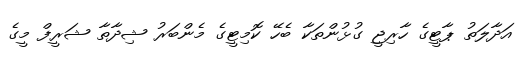
އަދާލަތު ޕާޓީގެ ހާރިޖީ ގުޅުންތަކާ ބެހޭ ކޮމިޓީގެ މެންބަރު ޝިދާތާ ޝަރީފް މީގެ